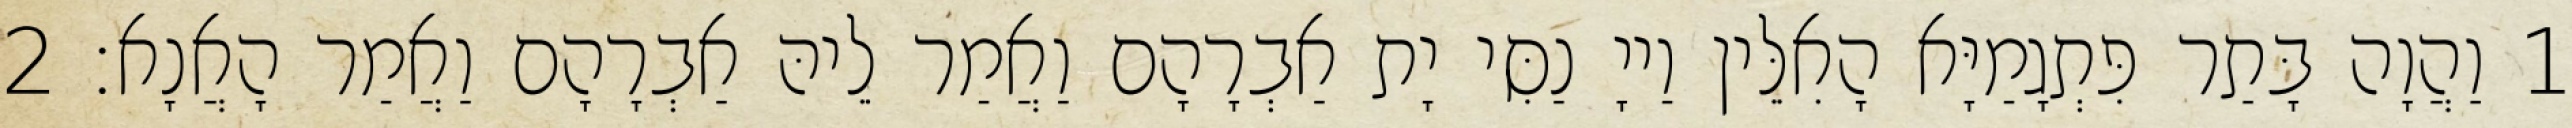
1 וַהֲוָה בָּתַר פִּתְגָמַיָּא הָאִלֵּין וַייָ נַסִּי יָת אַבְרָהָם וַאֲמַר לֵיהּ אַבְרָהָם וַאֲמַר הָאֲנָא׃ 2